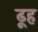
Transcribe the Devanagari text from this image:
ढूह